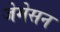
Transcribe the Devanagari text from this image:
जेमेसन